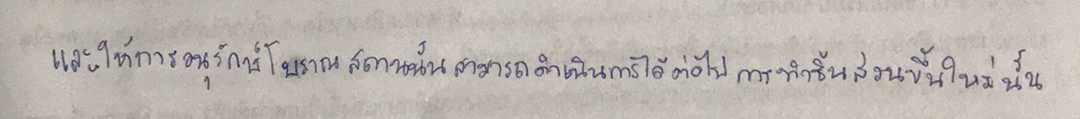
และให้การอนุรักษ์โบราณสถานนั้นสามารถดำเนินการได้ต่อไปการทำชิ้นส่วนขึ้นใหม่นั้น